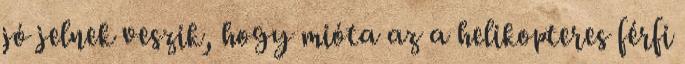
jó jelnek veszik, hogy mi­óta az a helikopteres férfi